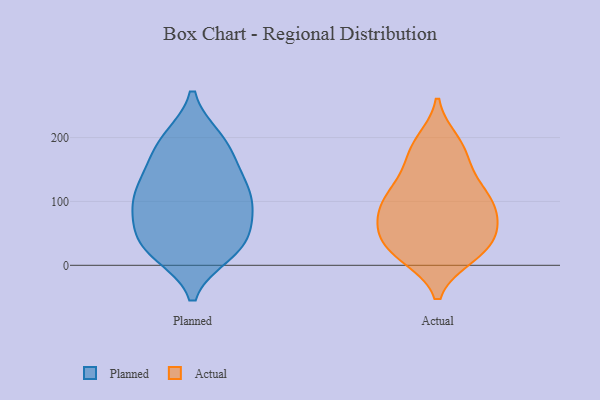
{"axis": {"x": "Backlog", "y": "Value"}, "legend": ["Actual", "Planned"], "data": [{"x": "", "y": 23, "type": "Planned"}, {"x": "", "y": 82, "type": "Planned"}, {"x": "", "y": 155, "type": "Planned"}, {"x": "", "y": 150, "type": "Planned"}, {"x": "", "y": 196, "type": "Planned"}, {"x": "", "y": 113, "type": "Planned"}, {"x": "", "y": 29, "type": "Planned"}, {"x": "", "y": 46, "type": "Planned"}, {"x": "", "y": 189, "type": "Planned"}, {"x": "", "y": 95, "type": "Planned"}, {"x": "", "y": 29, "type": "Planned"}, {"x": "", "y": 19, "type": "Planned"}, {"x": "", "y": 117, "type": "Planned"}, {"x": "", "y": 198, "type": "Planned"}, {"x": "", "y": 119, "type": "Planned"}, {"x": "", "y": 90, "type": "Planned"}, {"x": "", "y": 61, "type": "Planned"}, {"x": "", "y": 64, "type": "Actual"}, {"x": "", "y": 29, "type": "Actual"}, {"x": "", "y": 78, "type": "Actual"}, {"x": "", "y": 106, "type": "Actual"}, {"x": "", "y": 15, "type": "Actual"}, {"x": "", "y": 39, "type": "Actual"}, {"x": "", "y": 116, "type": "Actual"}, {"x": "", "y": 103, "type": "Actual"}, {"x": "", "y": 22, "type": "Actual"}, {"x": "", "y": 41, "type": "Actual"}, {"x": "", "y": 63, "type": "Actual"}, {"x": "", "y": 15, "type": "Actual"}, {"x": "", "y": 96, "type": "Actual"}, {"x": "", "y": 153, "type": "Actual"}, {"x": "", "y": 193, "type": "Actual"}, {"x": "", "y": 179, "type": "Actual"}, {"x": "", "y": 79, "type": "Actual"}, {"x": "", "y": 125, "type": "Actual"}, {"x": "", "y": 184, "type": "Actual"}]}